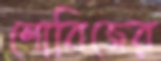
শোবিজের